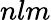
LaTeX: nlm